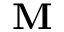
\mathbf { M }